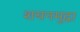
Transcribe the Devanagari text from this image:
शयनमुद्रा